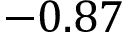
- 0 . 8 7